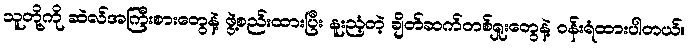
သူတို့ကို ဆဲလ်အကြီးစားတွေနဲ့ ဖွဲ့စည်းထားပြီး နူးညံ့တဲ့ ချိတ်ဆက်တစ်ရှုးတွေနဲ့ ဝန်းရံထားပါတယ်။